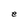
Character: e